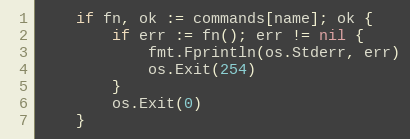
Language: Go
	if fn, ok := commands[name]; ok {
		if err := fn(); err != nil {
			fmt.Fprintln(os.Stderr, err)
			os.Exit(254)
		}
		os.Exit(0)
	}